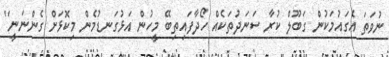
ނުވަތަ އެގައުމަކުން ގަބޫލް ކުރާ ސަނަދުތަކެއް ހޯދާފައިތިބޭ މީހުން އަޅުގަނޑުމެން މިކޮޅަށް ގެންނަނީ"